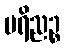
ပရိညဉ္စ